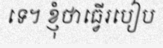
ទេ។ ខ្ញុំថាធ្វើរបៀប